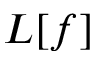
L [ f ]